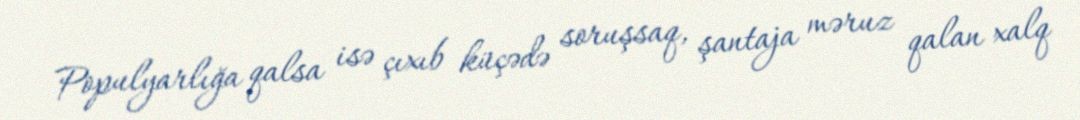
Populyarlığa qalsa isə çıxıb küçədə soruşsaq, şantaja məruz qalan xalq